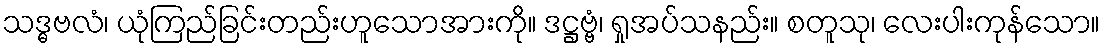
သဒ္ဓဗလံ၊ ယုံကြည်ခြင်းတည်းဟူသောအားကို။ ဒဋ္ဌဗ္ဗံ၊ ရှုအပ်သနည်း။ စတူသု၊ လေးပါးကုန်သော။